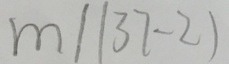
m / ( 3 7 - 2 )